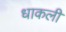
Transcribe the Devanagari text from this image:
धाकली